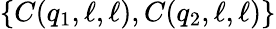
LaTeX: \{ C(q_{1},\ell,\ell),C(q_{2},\ell,\ell)\}